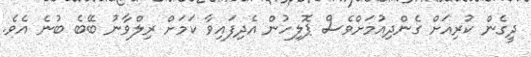
ދީގެން ކުރިއަށް ގެންދިއުމަށްވެސް ޕޮލިހުން އެދިފައިވާ ކަމަށް ރިލްވާނު ބޭބެ ބުނެ އެވެ.